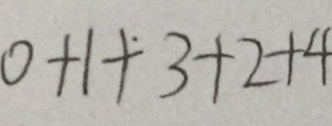
0 + 1 + 3 + 2 + 4